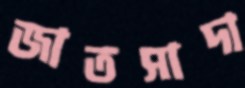
জাতসাদা